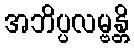
အဘိပ္ပလမ္ဗန္တိ